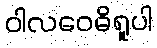
ဝါလဝေဓိရူပါ